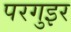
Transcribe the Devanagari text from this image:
परगुइर